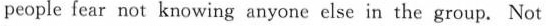
people fear not knowing anyone else in the group. Not